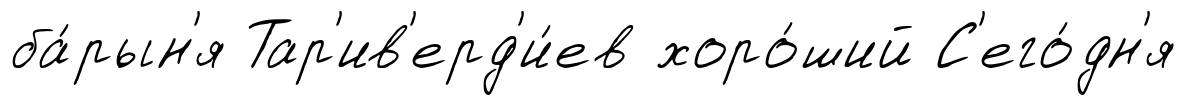
ба́рын'я Тар'ив'ерд'и́ев хоро́ший С'его́дн'я